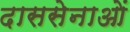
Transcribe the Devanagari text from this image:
दाससेनाओं